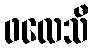
ဖလေသီ